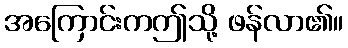
အကြောင်းကဤသို့ ဖန်လာ၏။